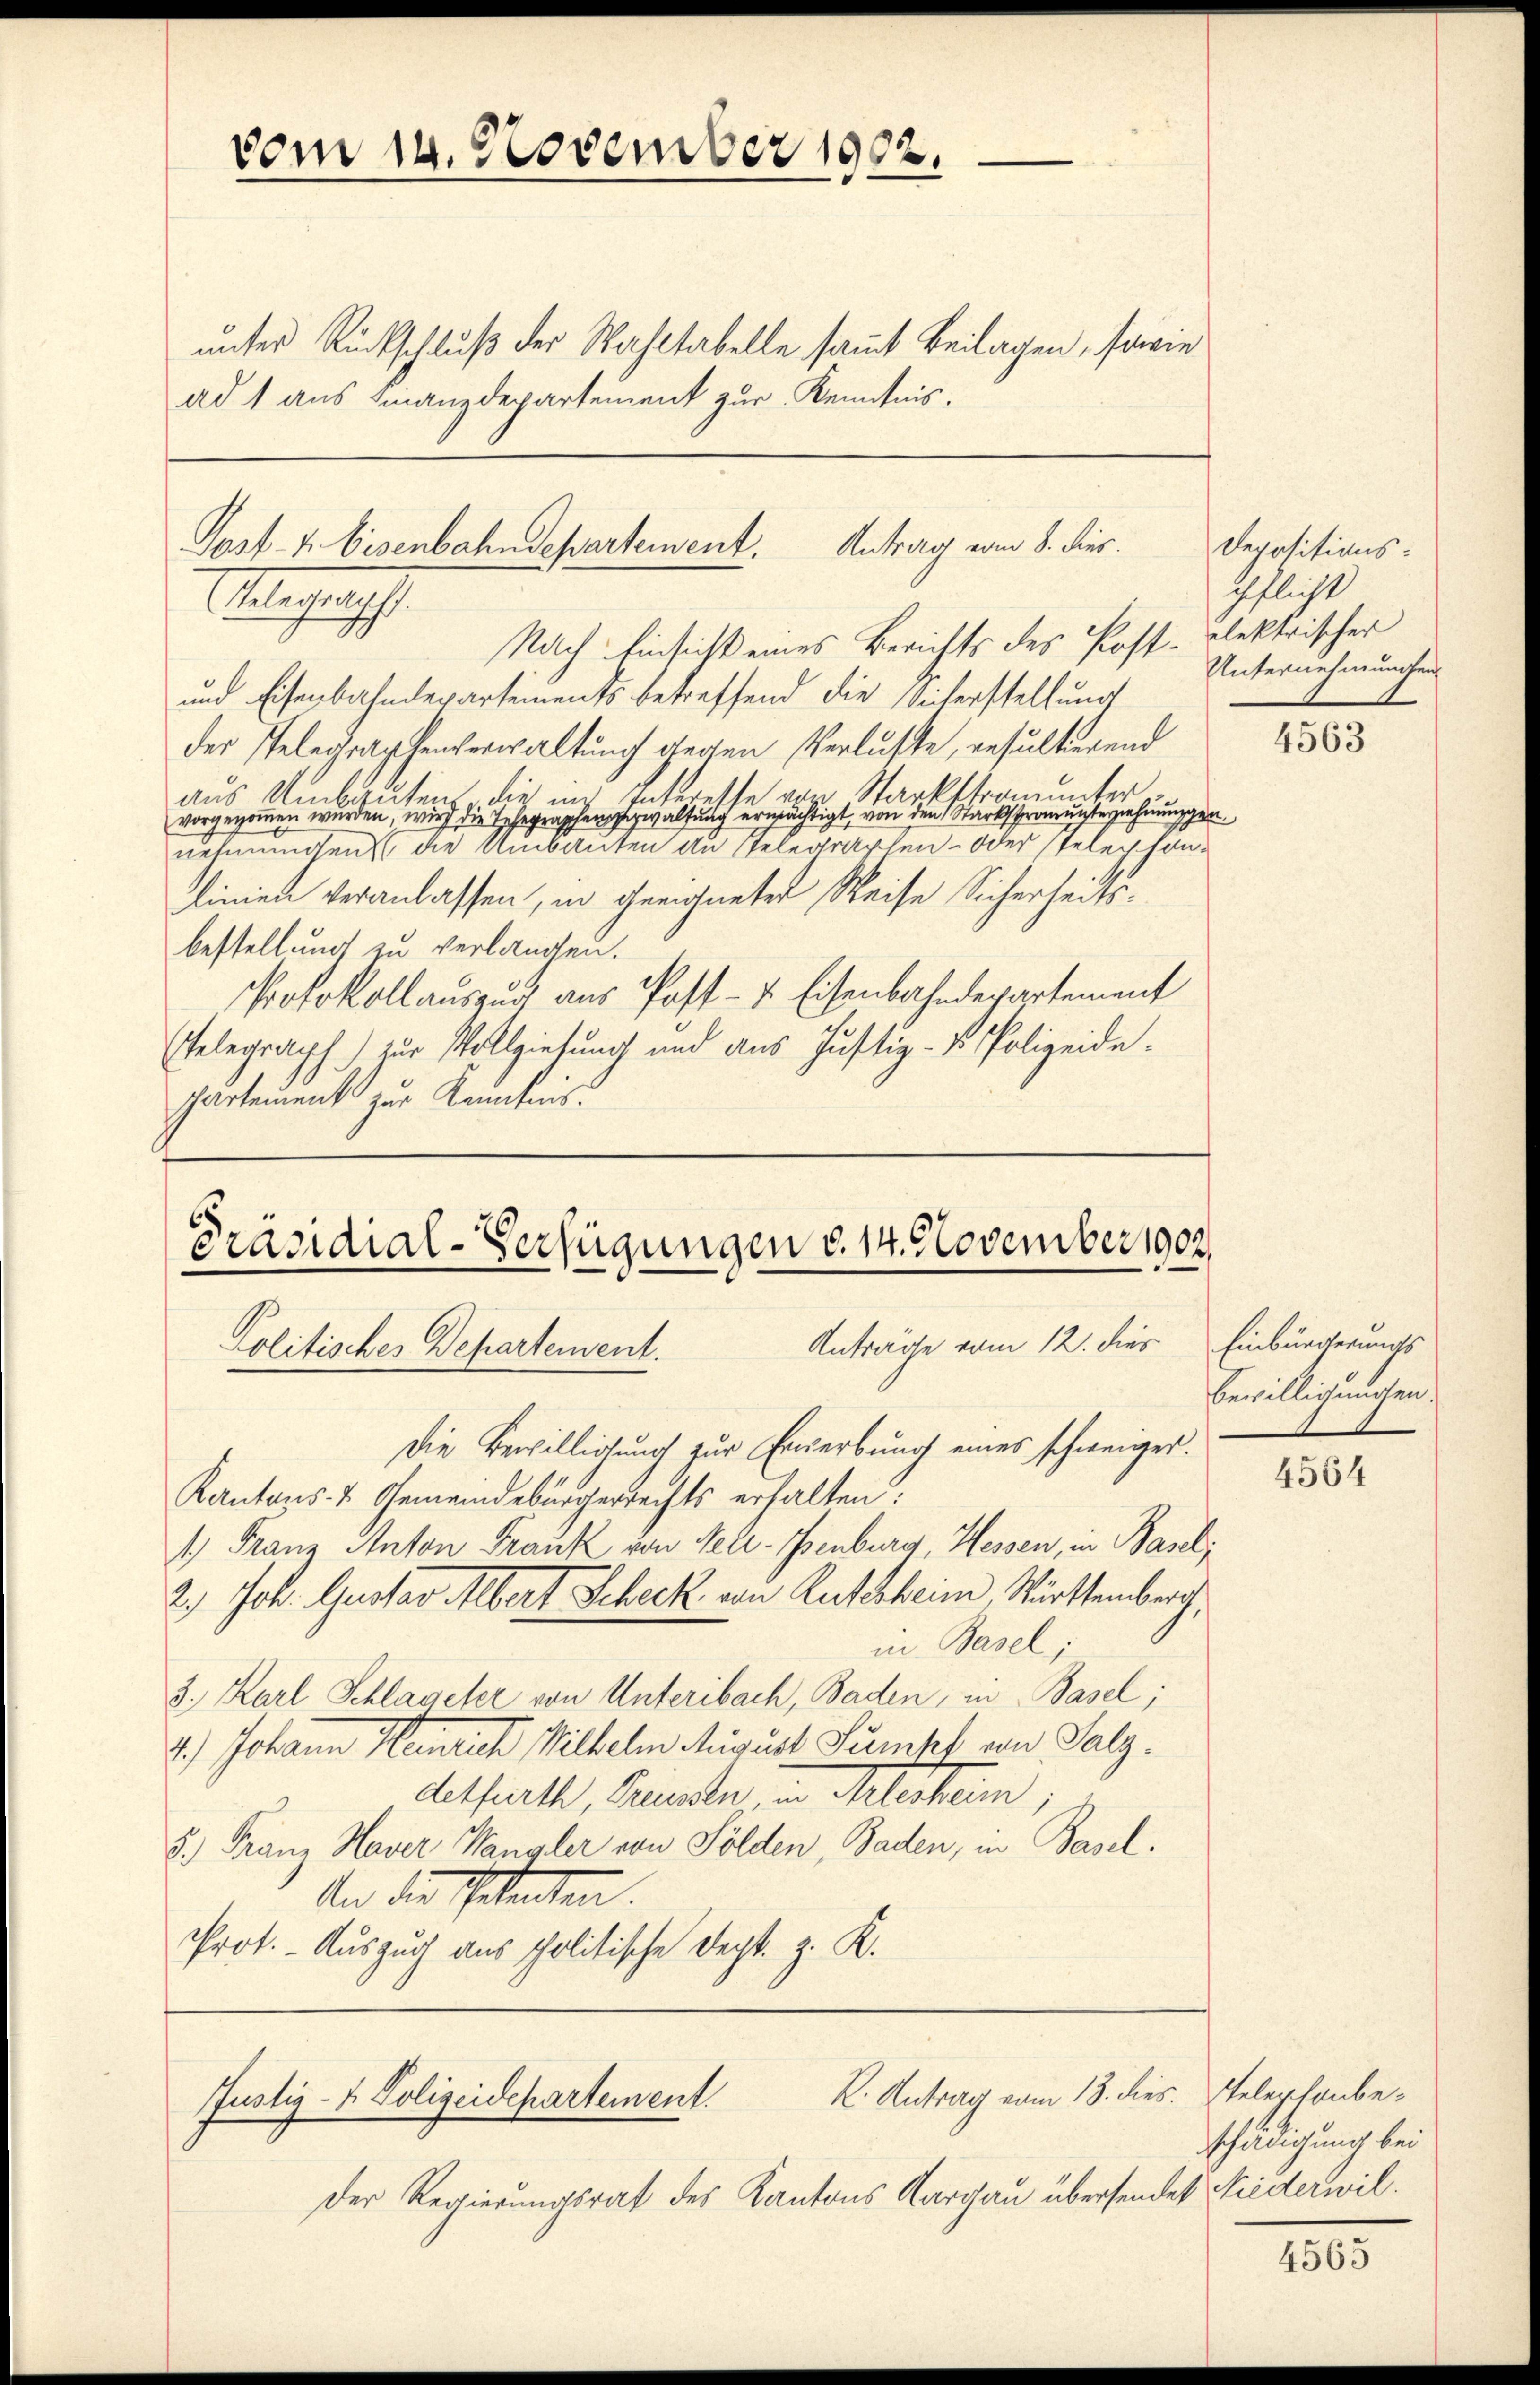
vom 14. November 1902.

unter Rückschluß der Wahltabelle sammt Beilagen, sowie
ad 1 aus Finanzdepartement zur Kenntnis.

Post- u. Eisenbahndepartement. Antrag vom 8. dies
legung

Nach Einsicht eines Berichts des Post-Blektrischer
und Eisenbahndepartements betreffend die Sicherstellung
der Telegraphenverwaltung gegen Verluste, resultierend
isse von Starkstromunter
2
aus Umbautens die in
vorgenommen wurden, wird die Telegraphenverwaltung erwächtigt, von den Starkstronunterziehnungen.
nehmungen die Umbauten an Telegraphen- oder stelephonlinien veranlassen, in geeigneter Reise Sicherheitsbestellung zu verlangen.
Protokollauszug aus Post- & Eisenbahndepartement
Etelegraph.) zur Vollziehung und aus Justiz- & Polizeide.
partement zur Kenntens.

Präsidial-Verfügungen d. 14. November 1902.
Anträge vom 12. dies
Politisches Departement.

K. Antrag vom 13. dies. Stelephonbe¬
Justiz- & Polizeidepartement.

Der Regierungsrat des Kantons Aargau übersende

Die Bewilligung zur Erwerbung eines schweiger.
Kantons- & Gemeindebürgerrechts erhalten.
1) Franz Anton Frank von Pelz-Benburg Hessen, in Basel,
2.) Joh. Gustav Albert Scheck von Rutsheim, Württemberg
in Basel;
3. Karl Schlageter von Unteribach, Baden, in Basel;
4.) Johann Henrich Wilhelm August Sumpf von Salzdesfürth, Braunster, in Allerheim,
5.) Franz Haver Wangler von Sölden, Baden, in Basel.
der die Petenten.
Prot. - Auszug aus politische Dept. z. K.

Depositionschflicht
Unternehmungen

4563

Einbürgerungs
bewilligungen.

4564

schädigung bei
1 Niederwil.

4565